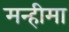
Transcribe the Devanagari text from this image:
मन्हीमा